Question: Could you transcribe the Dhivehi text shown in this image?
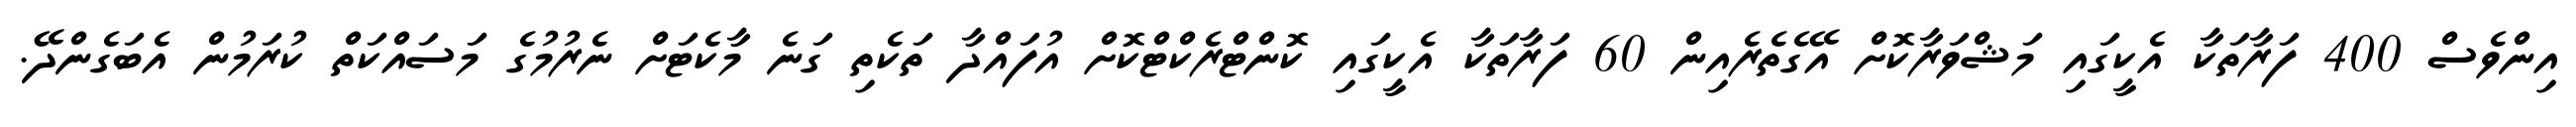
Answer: އިންވެސް 400 ފަރާތަކާ އެކީގައި މަޝްވަރާކޮށް އޭގެތެރެއިން 60 ފަރާތަކާ އެކީގައި ކޮންޓްރެކްޓްކޮށް އުފައްދާ ތަކެތި ގަނެ މާކެޓަށް ނެރުމުގެ މަސައްކަތް ކުރަމުން އެބަގެންދޭ.